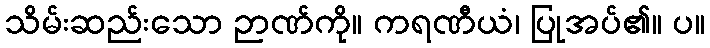
သိမ်းဆည်းသော ဉာဏ်ကို။ ကရဏီယံ၊ ပြုအပ်၏။ ပ။